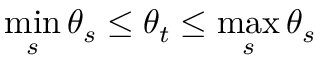
\operatorname* { m i n } _ { s } \theta _ { s } \le \theta _ { t } \le \operatorname* { m a x } _ { s } \theta _ { s }